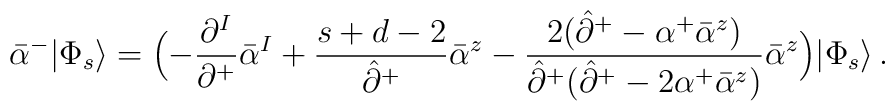
\bar{\alpha}^-|\Phi_s\rangle=\Bigl(-\frac{\partial^I}{\partial^+}\bar{\alpha}^I+\frac{s+d-2}{\hat{\partial}^+}\bar{\alpha}^z-\frac{2(\hat{\partial}^+-\alpha^+\bar{\alpha}^z)}{\hat{\partial}^+(\hat{\partial}^+-2\alpha^+\bar{\alpha}^z)}\bar{\alpha}^z\Bigr)|\Phi_s\rangle\,.